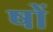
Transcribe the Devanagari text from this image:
षों